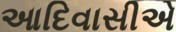
આદિવાસીએ